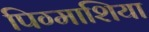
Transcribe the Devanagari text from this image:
पिग्माशिया